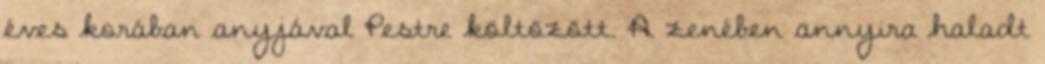
éves korában anyjával Pestre költözött. A zenében annyira haladt